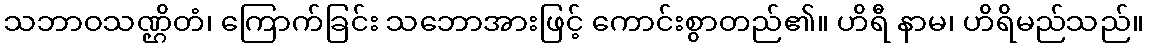
သဘာဝသဏ္ဌိတံ၊ ကြောက်ခြင်း သဘောအားဖြင့် ကောင်းစွာတည်၏။ ဟိရီ နာမ၊ ဟိရိမည်သည်။